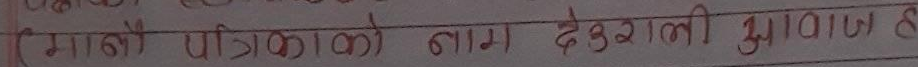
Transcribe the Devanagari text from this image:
गाबी पिकाको नाम देउखती गुणागत